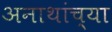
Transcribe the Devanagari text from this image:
अनाथांच्या